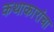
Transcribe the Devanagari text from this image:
कथाकारांचा